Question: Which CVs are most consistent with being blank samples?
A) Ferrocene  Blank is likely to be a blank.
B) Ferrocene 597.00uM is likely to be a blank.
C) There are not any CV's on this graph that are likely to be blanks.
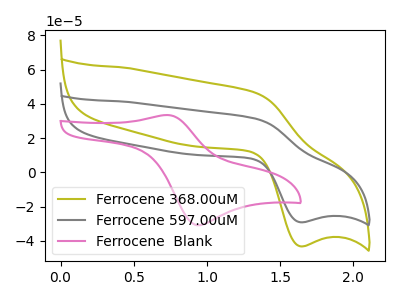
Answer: <think>The olive curve "Ferrocene 368.00uM" has an anodic peak at (1.35V, 46.45uA) and a cathodic peak at (1.65V, -43.25uA). The gray curve "Ferrocene 597.00uM" has an anodic peak at (1.35V, 31.35uA) and a cathodic peak at (1.65V, -29.20uA). The pink curve "Ferrocene  Blank" has an anodic peak at (0.75V, 33.50uA) and a cathodic peak at (0.95V, -30.95uA).</think>
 <answer>C) There are not any CV's on this graph that are likely to be blanks.</answer>
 <eval>C</eval>